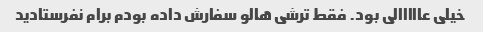
خیلی عااااالی بود. فقط ترشی هالو سفارش داده بودم برام نفرستادید